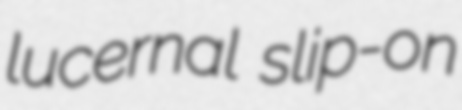
lucernal slip-on